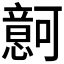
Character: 𰒚